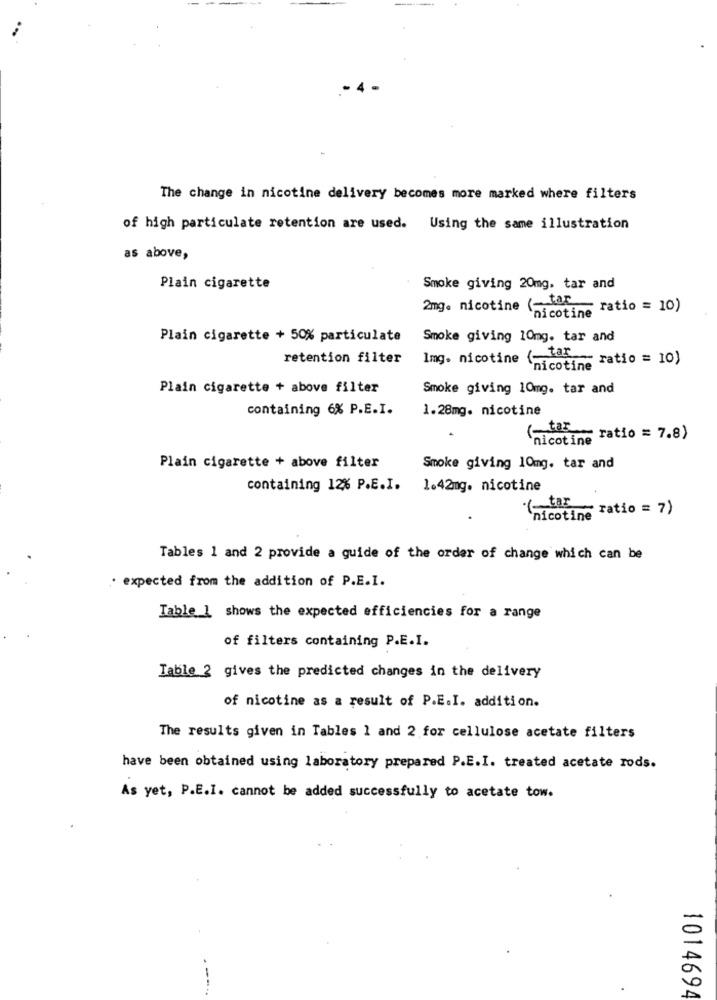
The change in nicotine delivery becomes more marked where filters
of high particulate retention are used. Using the same illustration
as above,
Plain cigarette
Smoke giving 20mg. tar and
2mg. nicotine (- tar
nicotine ratio = 10)
Plain cigarette + 50% particulate
Smoke giving 10mg. tar and
retention filter
Img. nicotine (-taf ratio = 10)
nicotine
Plain cigarette + above filter
Smoke giving 10mg. tar and
containing 6% P.E.I.
1.28mg. nicotine
(tir ratio = 7.8)
nicotine
Plain cigarette + above filter
Smoke giving 10mg. tar and
containing 12% P.E.I.
1.42mg. nicotine
(tar ~ ratio = 7)
nicotine *
Tables 1 and 2 provide a guide of the order of change which can be
expected from the addition of P.E.I.
Table ] shows the expected efficiencies for a range
of filters containing P.E.I.
Table 2 gives the predicted changes in the delivery
of nicotine as a result of P.E.I. addition.
The results given in Tables 1 and 2 for cellulose acetate filters
have been obtained using laboratory prepared P.E.I. treated acetate rods.
As yet, P.E.I. cannot be added successfully to acetate tow.
1014694